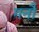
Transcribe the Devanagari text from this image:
मनौ